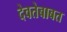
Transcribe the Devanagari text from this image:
देवतेबाबत